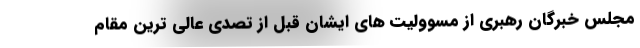
مجلس خبرگان رهبری از مسوولیت های ایشان قبل از تصدی عالی ترین مقام